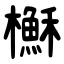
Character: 櫯